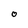
Character: 0